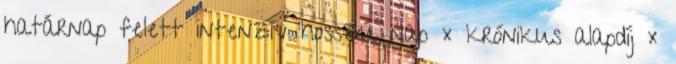
határnap felett intenzív hosszú nap × krónikus alapdíj ×